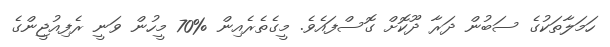
ހަމަލާތަކުގެ ސަބުން ދަރާ ދޫކޮށް ގޮސްފައެވެ. މީގެތެރެއިން %70 މީހުން ވަނީ ރެފިއުޖީންގެ